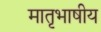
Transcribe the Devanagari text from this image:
मातृभाषीय